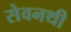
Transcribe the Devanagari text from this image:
सेवनथी